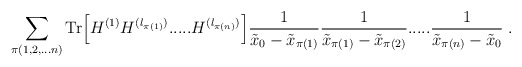
\begin{align*}\sum_{\pi(1,2,...n)} \mbox{Tr}\Big[H^{(1)} H^{(l_{\pi(1)})} .....H^{(l_{\pi(n)})} \Big]\frac{1}{\tilde{x}_0 - \tilde{x}_{\pi(1)}}\frac{1}{\tilde{x}_{\pi(1)} - \tilde{x}_{\pi(2)}} .....\frac{1}{\tilde{x}_{\pi(n)} - \tilde{x}_0} \; .\end{align*}